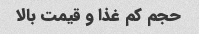
حجم کم غذا و قیمت بالا